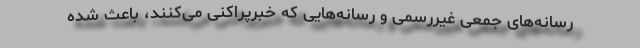
رسانه‌های جمعی غیررسمی و رسانه‌هایی که خبرپراکنی می‌کنند، باعث شده